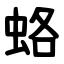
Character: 蛒